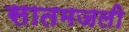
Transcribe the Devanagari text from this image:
सातमजली